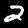
Label: 2